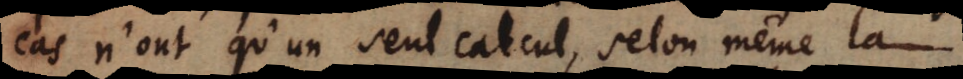
cas n’ont qu’un seul calcul, selon même la